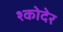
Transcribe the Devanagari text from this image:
श्कोदेर